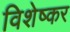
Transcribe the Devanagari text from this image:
विशेष्कर